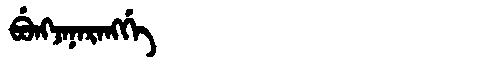
Manchu: ᠪᡠᠩᠵᠠᠨᠠᡵᠠᠩᡤᡝ
Romanization: BUNGJANARANGGE